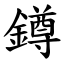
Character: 鐏